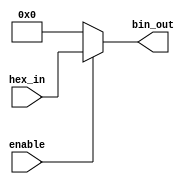
module hex_to_bin_encoder (
    input  wire [3:0] hex_in,      // 4-bit hexadecimal input
    input  wire       enable,       // Enable signal
    output reg  [3:0] bin_out       // 4-bit binary output
);

// Combinational logic to encode the hexadecimal input to binary output
always @(*) begin
    if (!enable) begin
        bin_out = 4'b0000; // Output defined state when enable is low
    end else begin
        // Direct mapping of hex_in to bin_out
        bin_out = hex_in; // Since hex_in is already a 4-bit binary representation
    end
end

endmodule